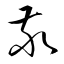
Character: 敬